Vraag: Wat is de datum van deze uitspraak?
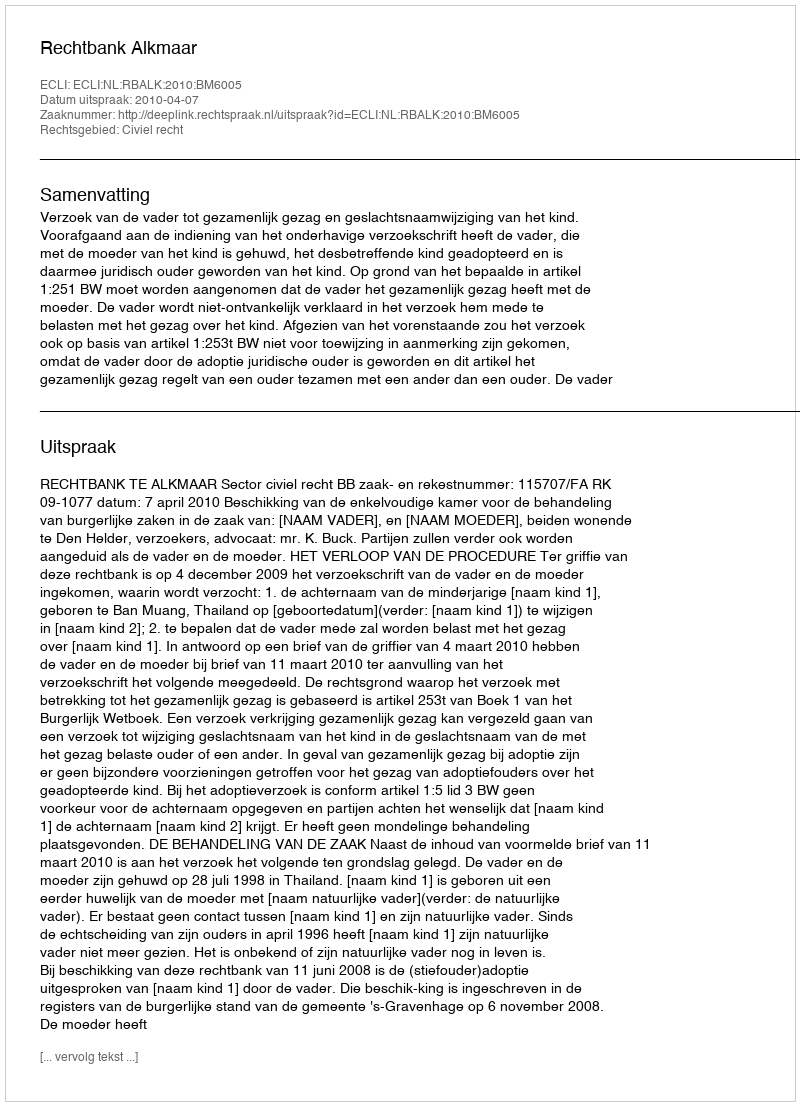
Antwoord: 2010-04-07